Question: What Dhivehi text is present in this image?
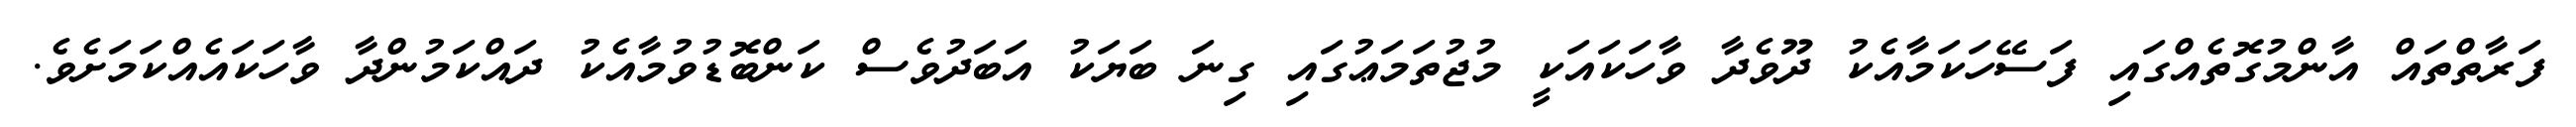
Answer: ފަރާތްތައް އާންމުގޮތެއްގައި ފަސޭހަކަމާއެކު ދޫވެދާ ވާހަކައަކީ މުޖުތަމަޢުގައި ގިނަ ބަޔަކު އަބަދުވެސް ކަންބޮޑުވުމާއެކު ދައްކަމުންދާ ވާހަކައެއްކަމަށެވެ.